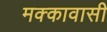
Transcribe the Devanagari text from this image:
मक्कावासी